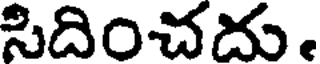
సిదించదు.